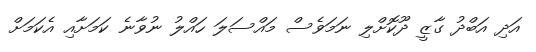
އަދި އަބްދު ގާޒީ ދޫކޮށްލި ނަމަވެސް މައްސަލަ ހައްލު ނުވާނެ ކަމަށާއި އެކަމަށް